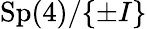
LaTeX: \mathrm{Sp}(4)/\{ \pm I\}